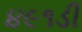
૪૯૧ડી